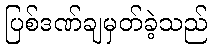
ပြစ်ဒဏ်ချမှတ်ခဲ့သည်